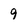
Character: 9